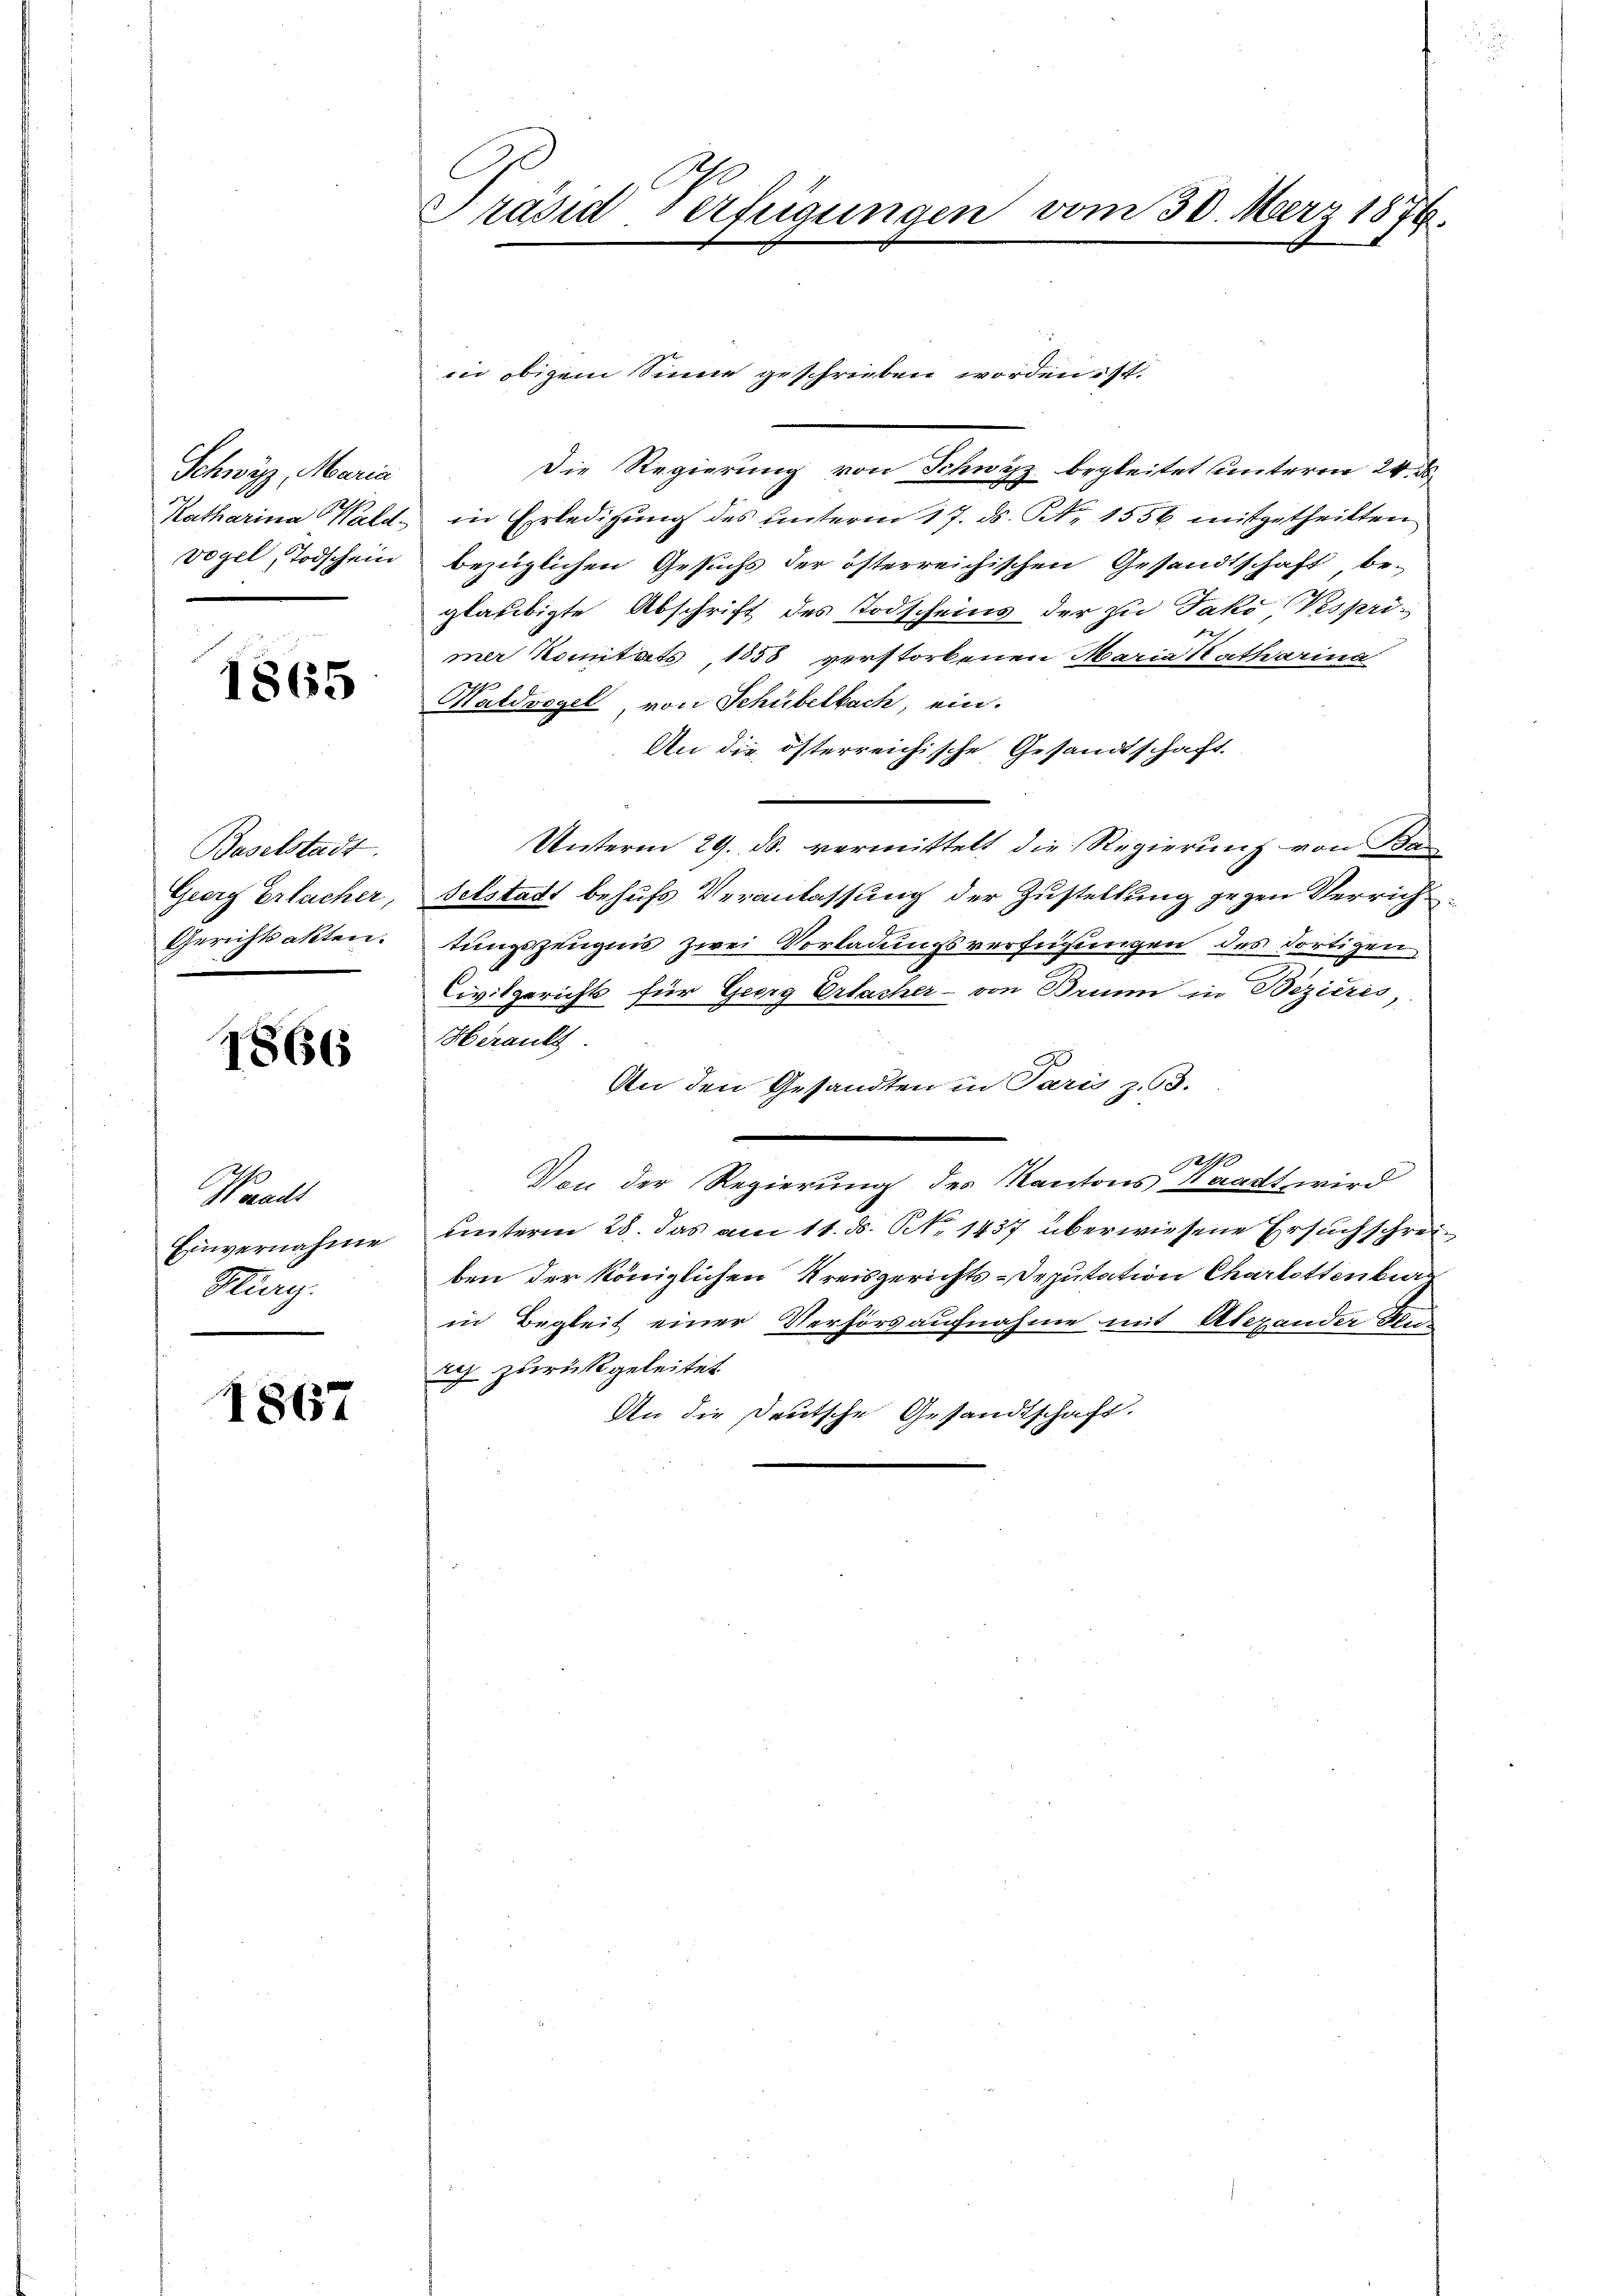
Schwärz, Maria
vogel, Todschein

1865

Baselstadt
Georg Erlacher,
Gerichtsakten.

1866

Woraus
Einvernahme
Hury.

1867

Präsid Verfügungen vom 30. März 1876.

in obigem Sinne geschrieben worden ist.

Die Regierung von Schwyz begleitet unterm 24.
Katharina Wald in Erledigung des unterm 17. ds. Nr. 1556 mitgetheilten
bezüglichen Gesuchs der österreichischen Gesandtschaft, be-
gläubigte Abschrift des Todscheins der zu Jako Vesprimer Komitats, 1858 verstorbenen Maria Katharina
Waldvogel, von Schübelbach, ein.
An die österreichische Gesandtschaft.
Unterm 29. ds. vermittelt die Regierung von Ba-
Felstadt behufs Veranlassung der Zustellung gegen Verricht
tungszeugnis zwei Vorladungsverfügungen des dortigen
Civilgerichts für Georg Erfacher - von Brunn in Bezieres,
Herault
An den Gesandten in Paris z. 63.
Aege
Von der Regierung des Kantons Waadt wird
hinterm 28. Das am 11. d. N. 1437 überwiesene Ersuch schreiben der königlichen Kreisgerichts-Deputation Charlottenkier
in Begleit einer Verhörsaufnahme mit Alexander Bu
rch zurückgeleitet
An die Deutsche Gestandtschaft.